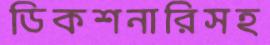
ডিকশনারিসহ